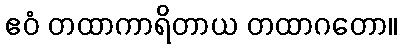
ဧဝံ တထာကာရိတာယ တထာဂတော။